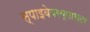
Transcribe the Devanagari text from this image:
स्पाइवेयरब्लास्टर